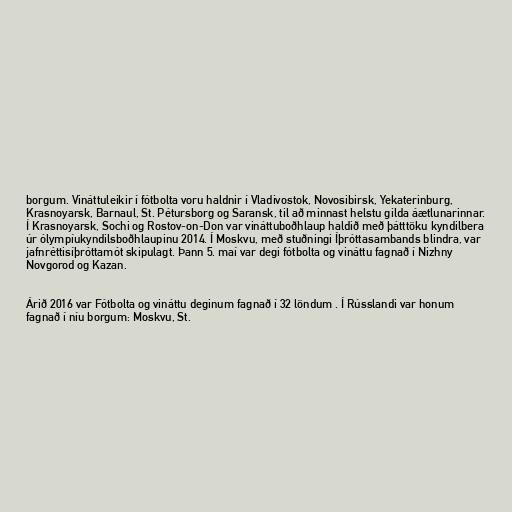
borgum. Vináttuleikir í fótbolta voru haldnir í Vladivostok, Novosibirsk, Yekaterinburg,
Krasnoyarsk, Barnaul, St. Pétursborg og Saransk, til að minnast helstu gilda áætlunarinnar.
Í Krasnoyarsk, Sochi og Rostov-on-Don var vináttuboðhlaup haldið með þátttöku kyndilbera
úr ólympíukyndilsboðhlaupinu 2014. Í Moskvu, með stuðningi Íþróttasambands blindra, var
jafnréttisíþróttamót skipulagt. Þann 5. maí var degi fótbolta og vináttu fagnað í Nizhny
Novgorod og Kazan.

Árið 2016 var Fótbolta og vináttu deginum fagnað í 32 löndum . Í Rússlandi var honum
fagnað í níu borgum: Moskvu, St.